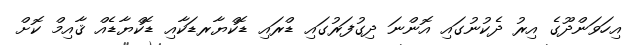
އިހަވަންދޫގެ އިރު ދެކުނުގައި އޮންނަ ދިގުފަރުގައި ޑްރައި ޑޮކްޔާރޑަކާއި ޑޮކްޔާޑެއް ޤާއިމް ކޮށް